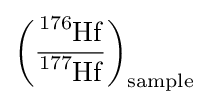
\left({\frac {{\ce {^{176}Hf}}}{{\ce {^{177}Hf}}}}\right)_{{\ce {sample}}}